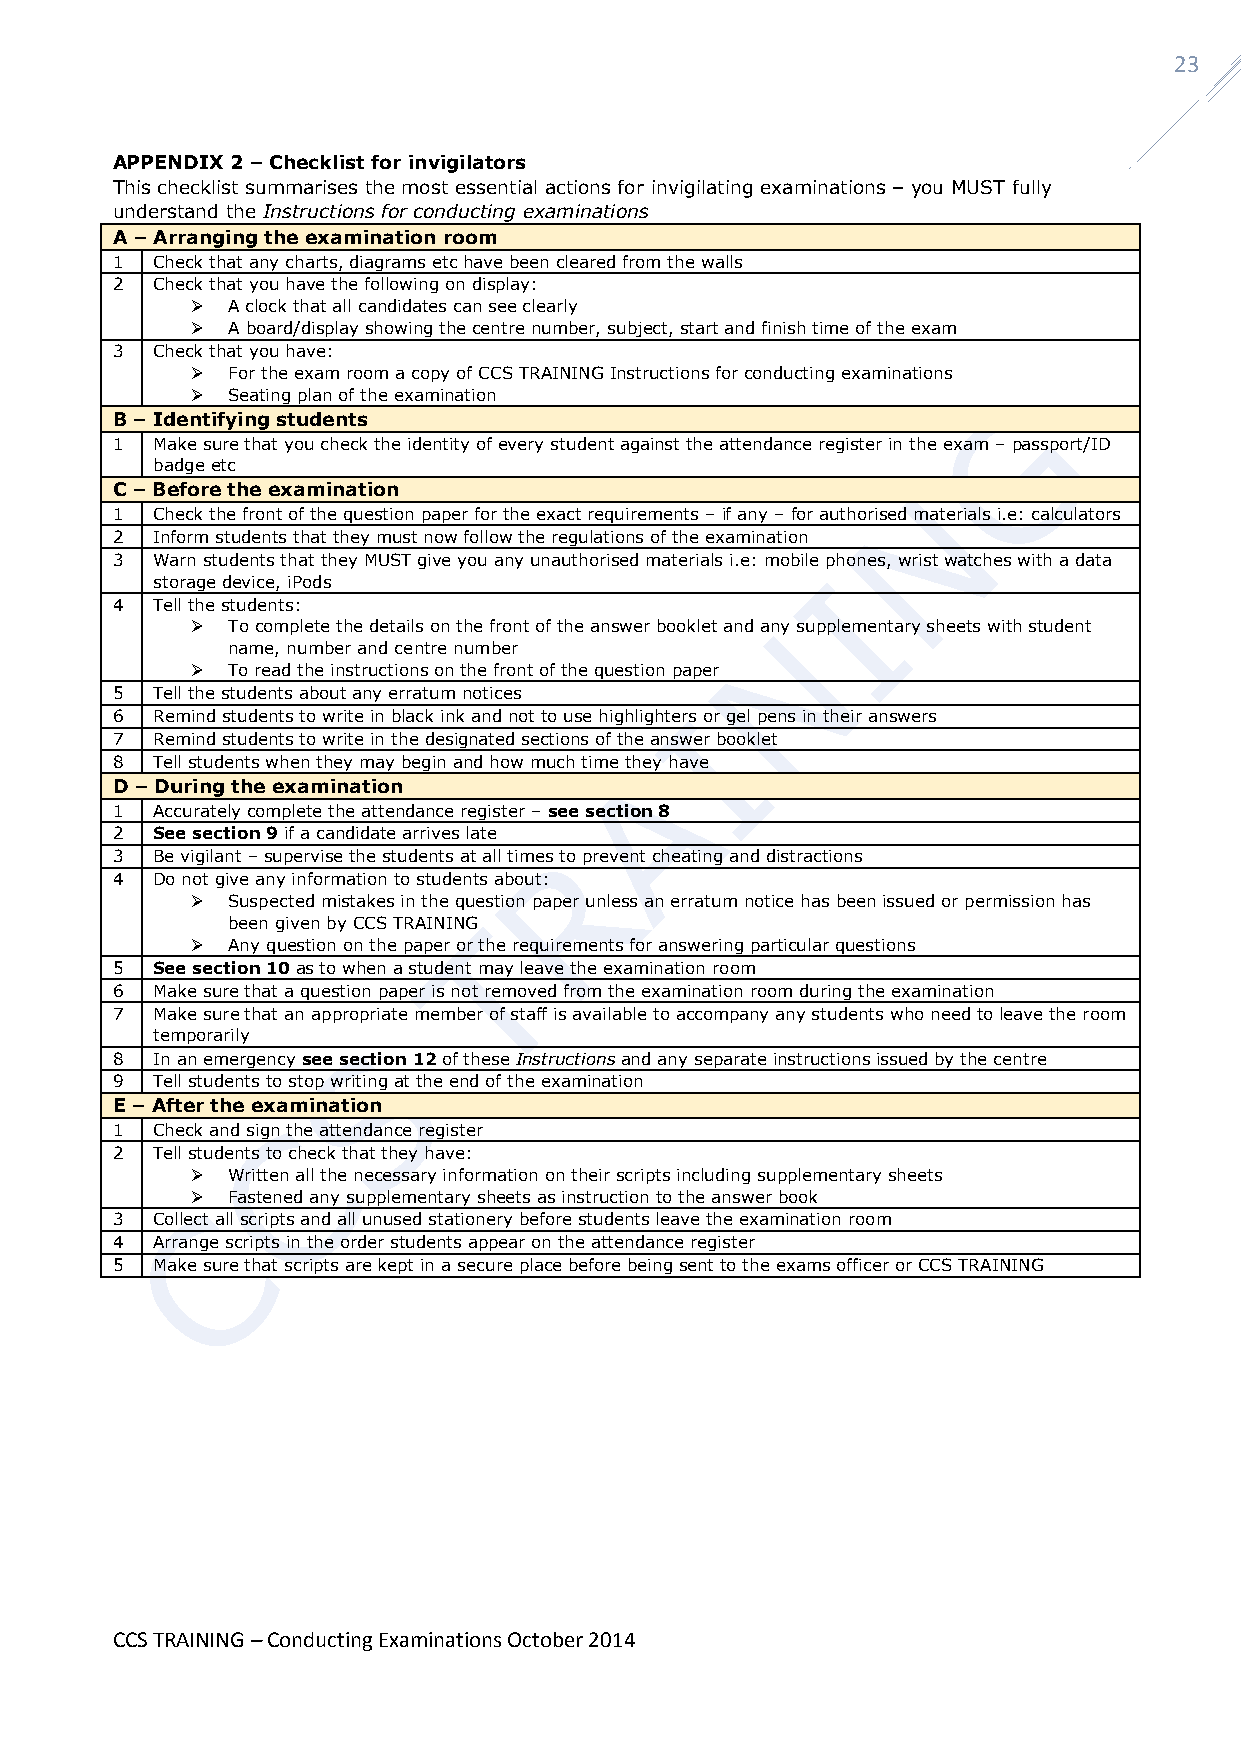
23
 APPENDIX 2 – Checklist for invigilators
 This checklist summarises the most essential actions for invigilating examinations – you MUST fully
 understand the Instructions for conducting examinations
 A – Arranging the examination room
 1  Check that any charts, diagrams etc have been cleared from the walls
 2  Check that you have the following on display:
  A clock that all candidates can see clearly
  A board/display showing the centre number, subject, start and finish time of the exam
 3  Check that you have:
  For the exam room a copy of CCS TRAINING Instructions for conducting examinations
  Seating plan of the examination
 B – Identifying students
 1  Make sure that you check the identity of every student against the attendance register in the exam – passport/ID
 badge etc
 C – Before the examination
 1  Check the front of the question paper for the exact requirements – if any – for authorised materials i.e: calculators
 2  Inform students that they must now follow the regulations of the examination
 3  Warn students that they MUST give you any unauthorised materials i.e: mobile phones, wrist watches with a data
 storage device, iPods
 4  Tell the students:
  To complete the details on the front of the answer booklet and any supplementary sheets with student
 name, number and centre number
  To read the instructions on the front of the question paper
 5  Tell the students about any erratum notices
 6  Remind students to write in black ink and not to use highlighters or gel pens in their answers
 7  Remind students to write in the designated sections of the answer booklet
 8  Tell students when they may begin and how much time they have
 D – During the examination
 1  Accurately complete the attendance register – see section 8
 2  See section 9 if a candidate arrives late
 3  Be vigilant – supervise the students at all times to prevent cheating and distractions
 4  Do not give any information to students about:
  Suspected mistakes in the question paper unless an erratum notice has been issued or permission has
 been given by CCS TRAINING
  Any question on the paper or the requirements for answering particular questions
 5  See section 10 as to when a student may leave the examination room
 6  Make sure that a question paper is not removed from the examination room during the examination
 7  Make sure that an appropriate member of staff is available to accompany any students who need to leave the room
 temporarily
 8  In an emergency see section 12 of these Instructions and any separate instructions issued by the centre
 9  Tell students to stop writing at the end of the examination
 E – After the examination
 1  Check and sign the attendance register
 2  Tell students to check that they have:
  Written all the necessary information on their scripts including supplementary sheets
  Fastened any supplementary sheets as instruction to the answer book
 3  Collect all scripts and all unused stationery before students leave the examination room
 4  Arrange scripts in the order students appear on the attendance register
 5  Make sure that scripts are kept in a secure place before being sent to the exams officer or CCS TRAINING
 CCS TRAINING – Conducting Examinations October 2014